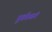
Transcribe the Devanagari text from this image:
पूर्वप्रसंग